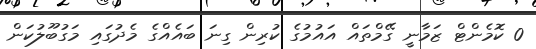
0 ކޮމެންޓް ޒަމާނީ ގޭމްތައް އައުމުގެ ކުރިން ގިނަ ބައެއްގެ މެދުގައި މަގުބޫލުކަން